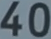
40